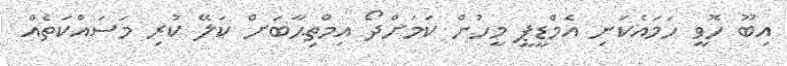
އިބޫ ހޮވީ ހަމައެކަނި އެމްޑީޕީ މީހުން ކަމަށްދޯ އިމްތިޙާބަށް ކަލޭ ކުރި މަސައްކަތެއް